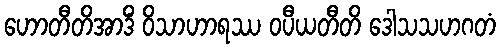
ဟောတီတိအာဒိံ ဝိသာဟာရဿ ဝပီယတီတိ ဒေါသသဟဂတံ